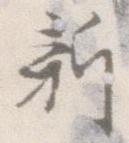
新